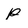
Character: p